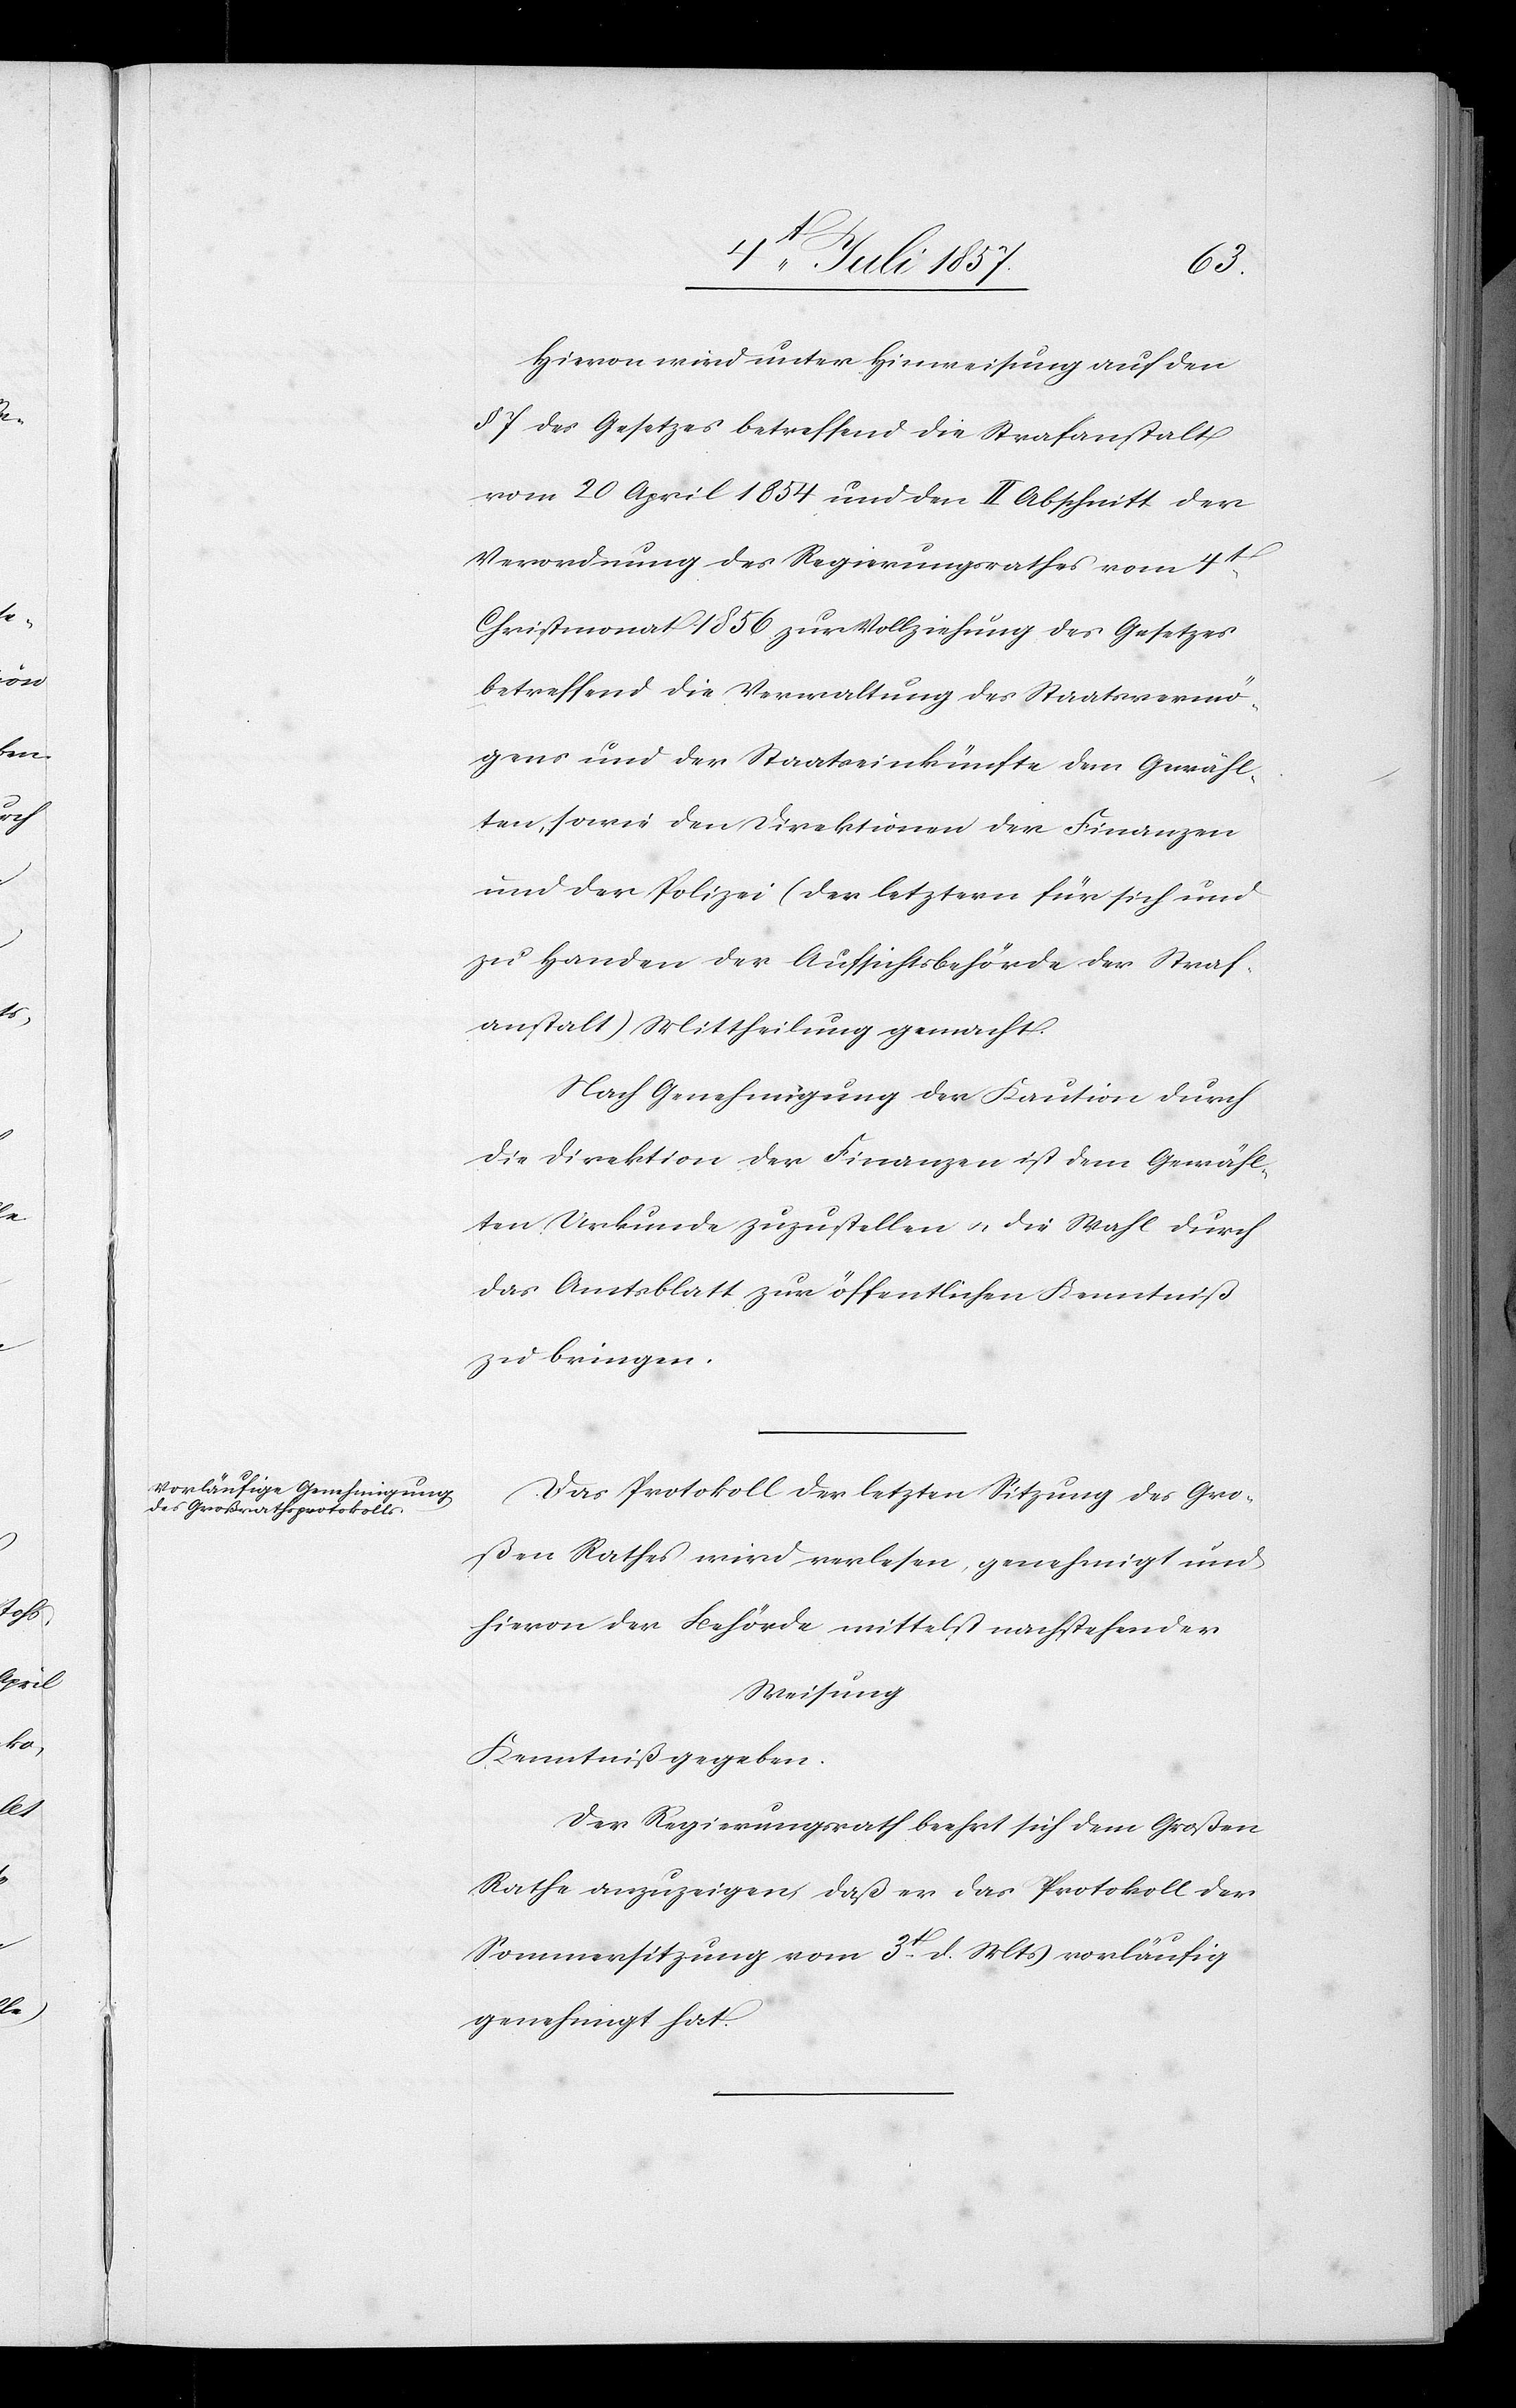
Hievon wird unter Hinweisung auf den
§ 7 des Gesetzes betreffend die Strafanstalt
vom 20 April 1854 und den II Abschnitt der
Verordnung des Regierungsrathes vom 4t
Christmonat 1856 zur Vollziehung des Gesetzes
betreffend die Verwaltung des Staatsvermö¬
gens und der Staatseinkünfte dem Gewähl¬
ten, sowie den Direktionen der Finanzen
und der Polizei (den letztern für sich und
zu Handen der Aufsichtsbehörde der Straf¬
anstalt) Mittheilung gemacht.
Nach Genehmigung der Kaution durch
die Direktion der Finanzen ist dem Gewähl¬
ten Urkunde zuzustellen & die Wahl durch
das Amtsblatt zur öffentlichen Kenntniß
zu bringen.
Das Protokoll der letzten Sitzung des Gro¬
ßen Rathes wird verlesen, genehmigt und
hievon der Behörde mittelst nachstehender
Weisung
Kenntniß gegeben.
Der Regierungsrath beehrt sich dem Großen
Rathe anzuzeigen, daß er das Protokoll der
Sommersitzung vom 3t d. Mts. vorläufig
genehmigt hat.